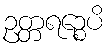
ဥတ္တရဉ္စေပိ